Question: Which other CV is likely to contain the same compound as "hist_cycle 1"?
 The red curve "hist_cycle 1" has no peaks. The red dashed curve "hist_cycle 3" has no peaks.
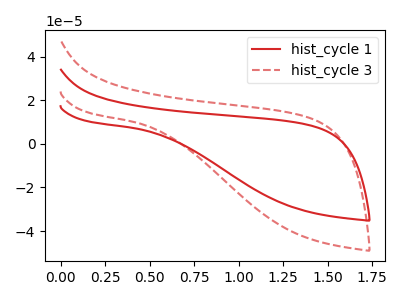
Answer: <think>Neither "hist_cycle 1" or "hist_cycle 3" have any peaks.
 </think>
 <answer>The CV with the most similar shape to "hist_cycle 3" is "hist_cycle 1".</answer>
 <eval>"hist_cycle 1"</eval>